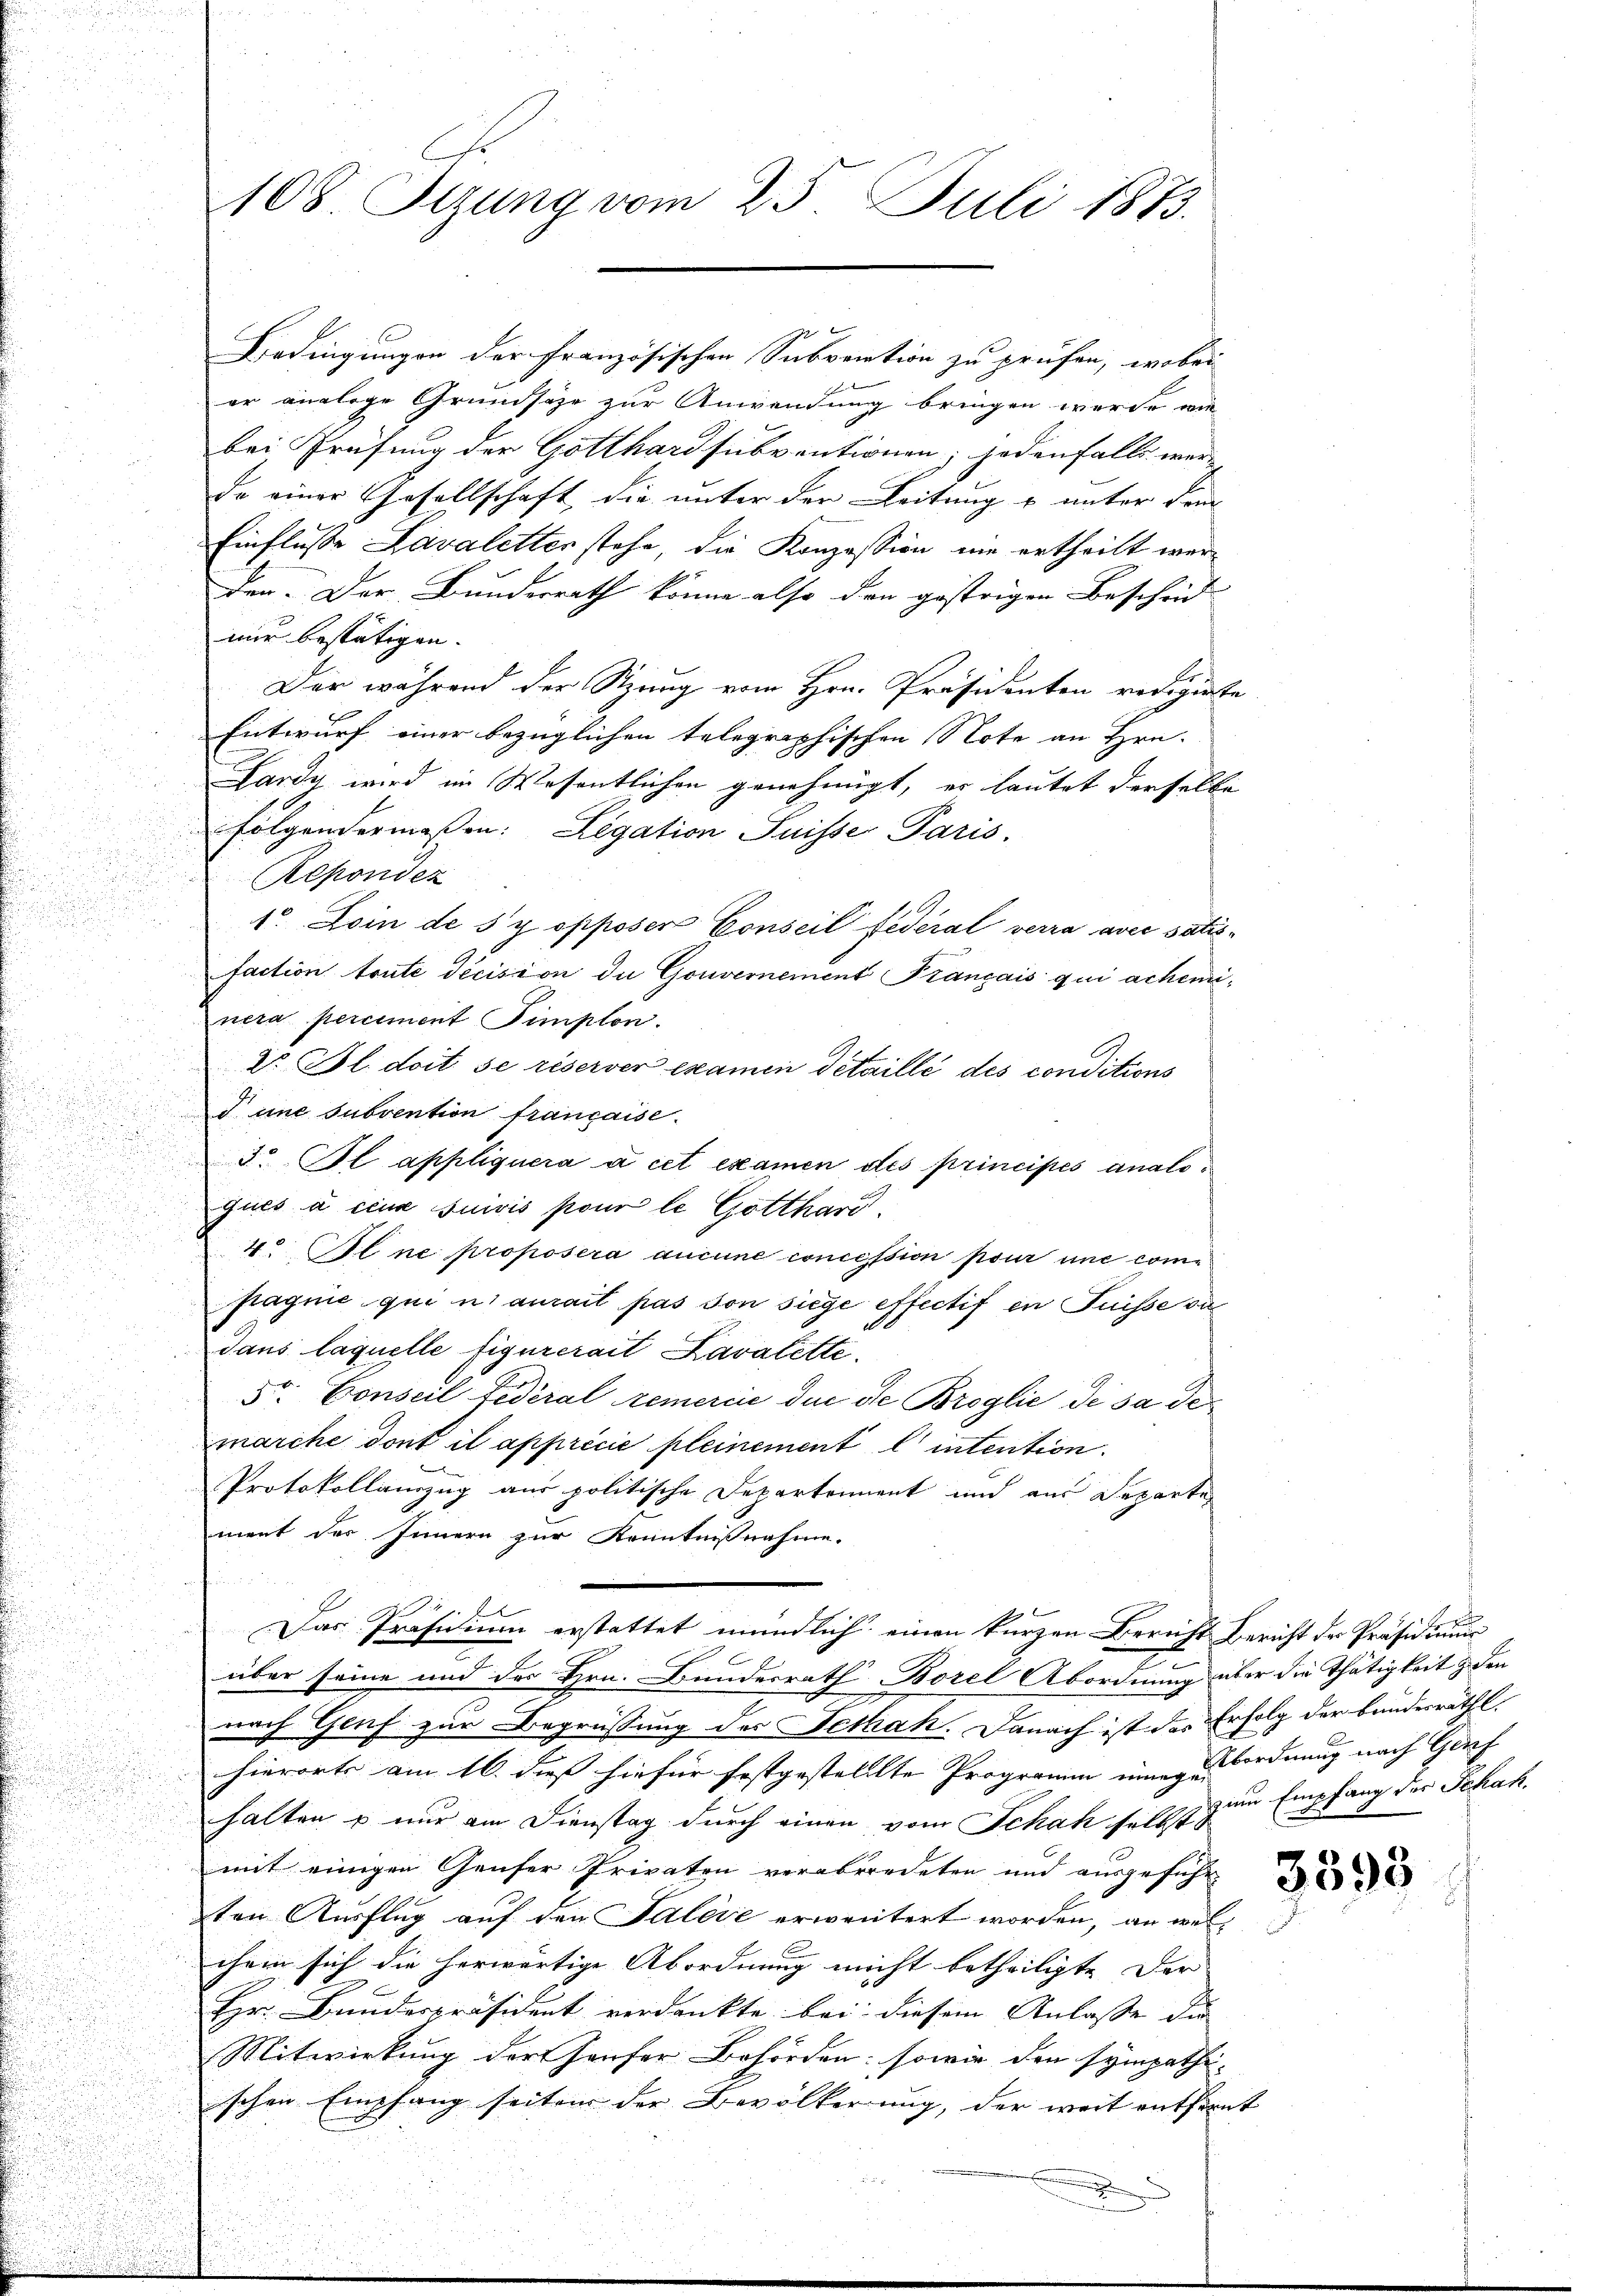
d

u

Er
108. Stzung vom 25. Juli 1873.

10 x
Bedingungen der Französischen Subvention zu prüfen, wobei
er analoge Grundsaze zur Anwendung bringen werde, wie
bei Prüfung der Gotthardsubventionen; jedenfalls wer-
de einer Gesellschaft die unter der Leitung u unter dem
Einflusse Lavaletter stehe, die Konzession um ertheilt werden. Der Bundesrath könne also den gestrigen Bescheid
nur bestätigen. |
Der während der Sitzung vom Hrn. Präsidenten redigierte
Entwurf einer bezüglichen telegraphischen Note an Hrn.
Lardy wird im Wesentlichen genehmigt, es lautet derselbe
folgendermaßen: Legation Suisse Paris.
Reponden
d
d
1o Dein de s’y opposer Conseil Federal verra avec satisfaction toute Decision die Gouvernement Français qui acheminera perciment Simplon.
Dr. Bl. doit se réserver examen Detaillé des conditions
 une subvention française.
5. Ol appliquera à cet examen des principes analoques à cinae suivis pour le Gotthard.
4. Il ne proposera aucune concession pour une compagnie qui n’aurait pas von siege effectif in Füsse vo
dans laquelle figurerait Lavalette.
5t. Conseil Federal remercie den die Broglie de sa demarche dont il apprécie pleinement l’intention.
Protokollanzug aus politische Departement und aus Departe
ment des Innern zur Kenntnißnahme.
Das Präsidium erstattet mündlich einen kurzen Bericht Bericht der Präsidummer
2
über seine und des Hrn. Bundesrath Borel Abordnung über die Thätigkeit & den
nach Genf zur Begrüßung des Sethah. Danach ist das Erfolg der Bunderräthl.
hierorts am 16. dieß hiefür festgestellte Programm einen zu ordnung nach Gert
halten u nur am Dienstag durch einen vom Schah selbst
mit einigen Genfer Privaten verabredeten und aŭsgeführ
ten Ausflug auf den Saleie erweitert worden, an welchein sich die herwärtige Abordnung nicht betheiligte der
Hr. Bundespräsident verdankte bei diesem Anlasse die
Mitwirkung der Hauser Behörden: sowie den sympathi-
schen Empfang seiten der Bevölkerung, der weit entfernt

x

e
zum Empfang der Schak